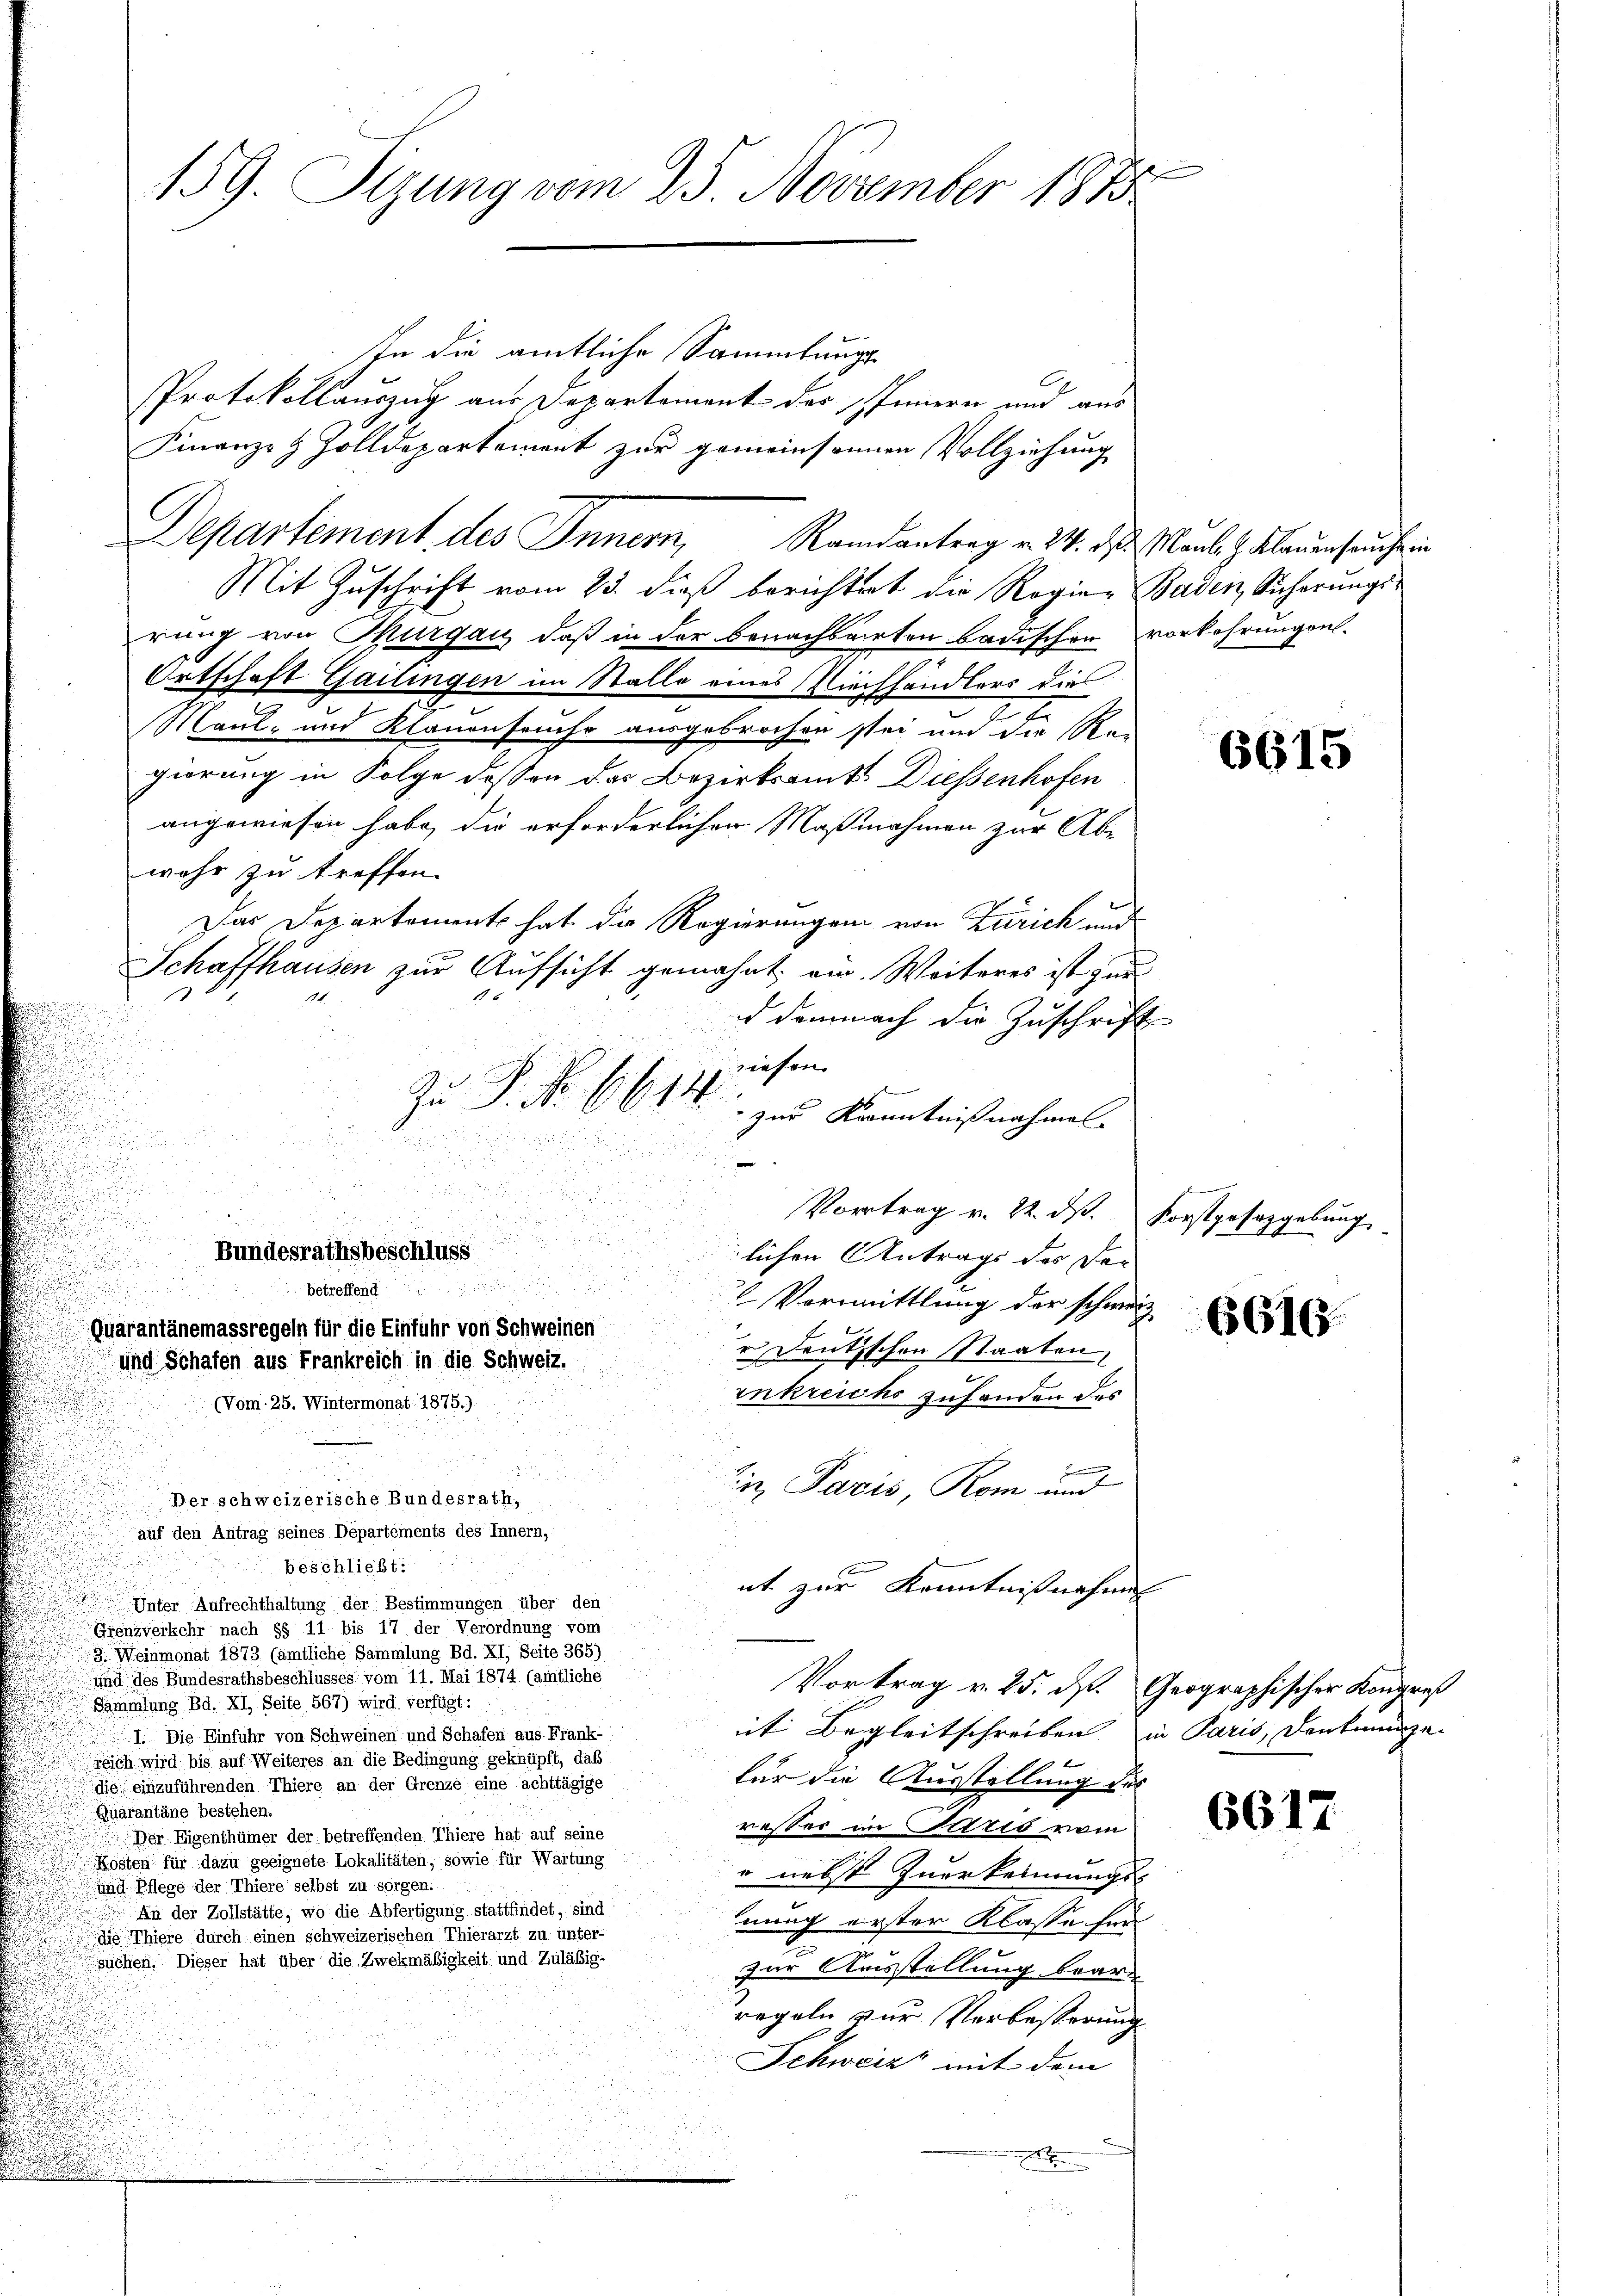
.

159. Perung vom 25. November 1873

In die amtliche Sammlung
Protokollauszug aus Departement des Innern und aus
Finanze & Zolldepartement zur gemeinsamen Vollziehung
Mit Zuschrift vom 23. dieß berichtet die Regien Baden Sicherungsrung von Thurgau, daß in der benachbarten badischen vorkehrungen.
Ortschaft Gailingen im Stalle eines Viechhändlers dies
Maul- und Klauenseuche ausgebrochen sei und die Re-
gierung in Folge dessen das Bezirksamts Diessenhofen
angewiesen habe, die erforderlichen Maßnahmen zur Abe
wahr zu treffen.
Das Departement hat die Regierungen von Zürich und
Schaffhausen zur Aufsicht gemahnt, ein. Weiteres ist zur
1
9
1
d demnach die Zuschrift
siesen.
Zu P. No. 6614
 zur Kenntnißnahmen.
u
den

n
Vortrag v. 22. ds. Forstgesetzgebung

Bundesrathsbeschluss
lichen Antrags des der

betreffend
 Vormittlung der schweiz
Quarantänemassregeln für die Einfuhr von Schweinen
r Deutschon Staaten,
und Schafen aus Frankreich in die Schweiz.
enkreichs zufanden das
(Vom 25. Wintermonat 1875.).
B

Ein Paris, Rom und
Der schweizerische Bundesrath,
auf den Antrag seines Departements des Innern,
beschließt:
nt zur Kenntnißnahmen
Unter Aufrechthaltung der Bestimmungen über den
Grenzverkehr nach §§ 11 bis 17 der Verordnung vom
3. Weinmonat 1873 (ämtliche Sammlung Bd. XI, Seite 365)
und des Bundesrathsbeschlusses vom 11. Mai 1874 (amtliche
Vortrag v. 25. ds. Geographischer Kongreß
Sammlung Bd. XI. Seite 567) wird verfügt:
it Begleitschreiben in Paris, Deutmunge
1. Die Einfuhr von Schweinen und Schafen aus Frank-
Feich wird bis auf Weiteres an die Bedingung geknüpft, daß
.
für die Ausstellung des
die einzuführenden Thiere an der Grenze eine achttägige
Quarantäne bestehen.
resser in Paris vom
Der Eigenthümer der betreffenden Thiere hat auf seine
Kosten für dazu geeignete Lokalitäten, sowie für Wartung
" nebst zuerkennungs-
und Pflege der Thiere selbst zu sorgen.
An der Zollstätte, wo die Abfertigung stattfindet, sind
nung erster Klasse für
die Thiere durch einen schweizerischen Thierarzt zu unter-
suchen. Dieser hat über die Zwekmäßigkeit und Zuläßigzur Ausstellung brare
regeln zur Verbesserung
Schweiz mit dem

Departement des Innern, Randantrag v. 24. d. Maul . Klauensauschein

6615

6616.

6617